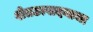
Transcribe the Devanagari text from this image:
शेतउत्पादनाचा